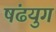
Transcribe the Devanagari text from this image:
षंढयुग